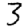
Digit: 3